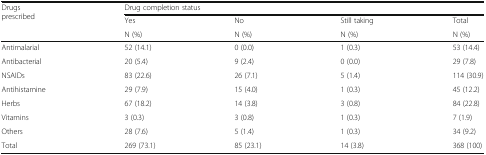
<table><thead><tr><td rowspan="3"><b>Drugs prescribed</b></td><td colspan="4"><b>Drug completion status</b></td></tr><tr><td><b>Yes</b></td><td><b>No</b></td><td><b>Still taking</b></td><td><b>Total</b></td></tr><tr><td><b>N (%)</b></td><td><b>N (%)</b></td><td><b>N (%)</b></td><td><b>N (%)</b></td></tr></thead><tbody><tr><td>Antimalarial</td><td>52 (14.1)</td><td>0 (0.0)</td><td>1 (0.3)</td><td>53 (14.4)</td></tr><tr><td>Antibacterial</td><td>20 (5.4)</td><td>9 (2.4)</td><td>0 (0.0)</td><td>29 (7.8)</td></tr><tr><td>NSAIDs</td><td>83 (22.6)</td><td>26 (7.1)</td><td>5 (1.4)</td><td>114 (30.9)</td></tr><tr><td>Antihistamine</td><td>29 (7.9)</td><td>15 (4.0)</td><td>1 (0.3)</td><td>45 (12.2)</td></tr><tr><td>Herbs</td><td>67 (18.2)</td><td>14 (3.8)</td><td>3 (0.8)</td><td>84 (22.8)</td></tr><tr><td>Vitamins</td><td>3 (0.3)</td><td>3 (0.8)</td><td>1 (0.3)</td><td>7 (1.9)</td></tr><tr><td>Others</td><td>28 (7.6)</td><td>5 (1.4)</td><td>1 (0.3)</td><td>34 (9.2)</td></tr><tr><td>Total</td><td>269 (73.1)</td><td>85 (23.1)</td><td>14 (3.8)</td><td>368 (100)</td></tr></tbody></table>